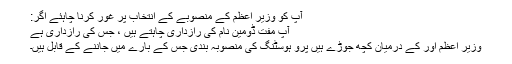
آپ کو وزیر اعظم کے منصوبے کے انتخاب پر غور کرنا چاہئے اگر:
آپ مفت ڈومین نام کی رازداری چاہتے ہیں ، جس کی رازداری ہے
وزیر اعظم اور کے درمیان کچھ جوڑے ہیں پرو ہوسٹنگ کی منصوبہ بندی جس کے بارے میں جاننے کے قابل ہیں۔